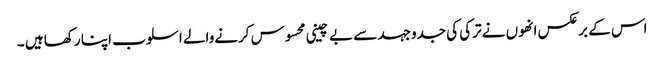
اس کے برعکس انھوں نے ترکی کی جدوجہد سے بے چینی محسوس کرنےوالے اسلوب اپنا رکھا ہیں ۔